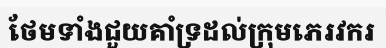
ថែមទាំងជួយគាំទ្រដល់ក្រុមភេរវករ